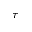
\tau